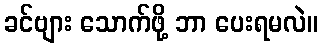
ခင်ဗျား သောက်ဖို့ ဘာ ပေးရမလဲ။